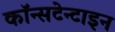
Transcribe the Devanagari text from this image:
कॉन्सटेन्टाइन